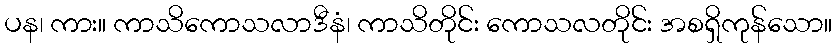
ပန၊ ကား။ ကာသိကောသလာဒီနံ၊ ကာသိတိုင်း ကောသလတိုင်း အစရှိကုန်သော။